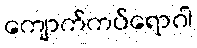
ကျောက်ကပ်ရောဂါ